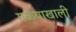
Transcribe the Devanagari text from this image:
गळ्याखाली